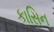
કાસિન